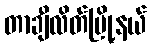
တာချီလိတ်မြို့နယ်